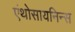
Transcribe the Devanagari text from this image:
एंथोसायनिन्स